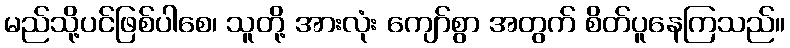
မည်သို့ပင်ဖြစ်ပါစေ၊ သူတို့ အားလုံး ကျော်စွာ အတွက် စိတ်ပူနေကြသည်။